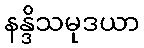
နန္ဒိသမုဒယာ